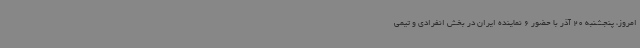
امروز، پنجشنبه 20 آذر با حضور 6 نماینده ایران در بخش انفرادی و تیمی